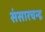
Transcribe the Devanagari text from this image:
संसारचन्द्र